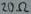
Text: 2052